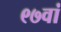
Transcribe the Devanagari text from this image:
९७वां